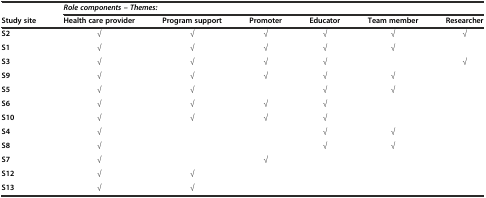
<table><thead><tr><td></td><td colspan="6"><b><i>Role components – Themes:</i></b></td></tr><tr><td><b>Study site</b></td><td><b>Health care provider</b></td><td><b>Program support</b></td><td><b>Promoter</b></td><td><b>Educator</b></td><td><b>Team member</b></td><td><b>Researcher</b></td></tr></thead><tbody><tr><td><b>S2</b></td><td>√</td><td>√</td><td>√</td><td>√</td><td>√</td><td>√</td></tr><tr><td><b>S1</b></td><td>√</td><td>√</td><td>√</td><td>√</td><td>√</td><td></td></tr><tr><td><b>S3</b></td><td>√</td><td>√</td><td>√</td><td>√</td><td></td><td>√</td></tr><tr><td><b>S9</b></td><td>√</td><td>√</td><td>√</td><td>√</td><td>√</td><td></td></tr><tr><td><b>S5</b></td><td>√</td><td>√</td><td></td><td>√</td><td>√</td><td></td></tr><tr><td><b>S6</b></td><td>√</td><td>√</td><td>√</td><td>√</td><td></td><td></td></tr><tr><td><b>S10</b></td><td>√</td><td>√</td><td>√</td><td>√</td><td></td><td></td></tr><tr><td><b>S4</b></td><td>√</td><td></td><td></td><td>√</td><td>√</td><td></td></tr><tr><td><b>S8</b></td><td>√</td><td></td><td></td><td>√</td><td>√</td><td></td></tr><tr><td><b>S7</b></td><td>√</td><td></td><td>√</td><td></td><td></td><td></td></tr><tr><td><b>S12</b></td><td>√</td><td>√</td><td></td><td></td><td></td><td></td></tr><tr><td><b>S13</b></td><td>√</td><td>√</td><td></td><td></td><td></td><td></td></tr></tbody></table>